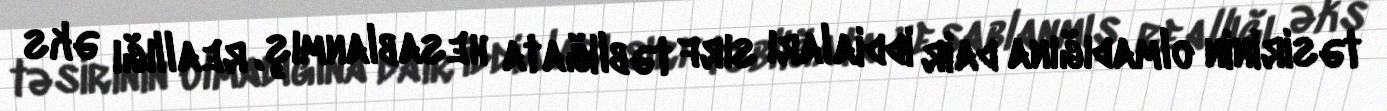
təsirinin olmadığına dair iddiaları sırf təbliğata hesablanmış, reallığı əks